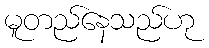
မူတည်နေသည်ဟု